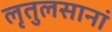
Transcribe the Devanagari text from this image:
लृतुलसानां